Vaccine operations Central Provinces 1868-1885 - 1868-1885
Year: 1868
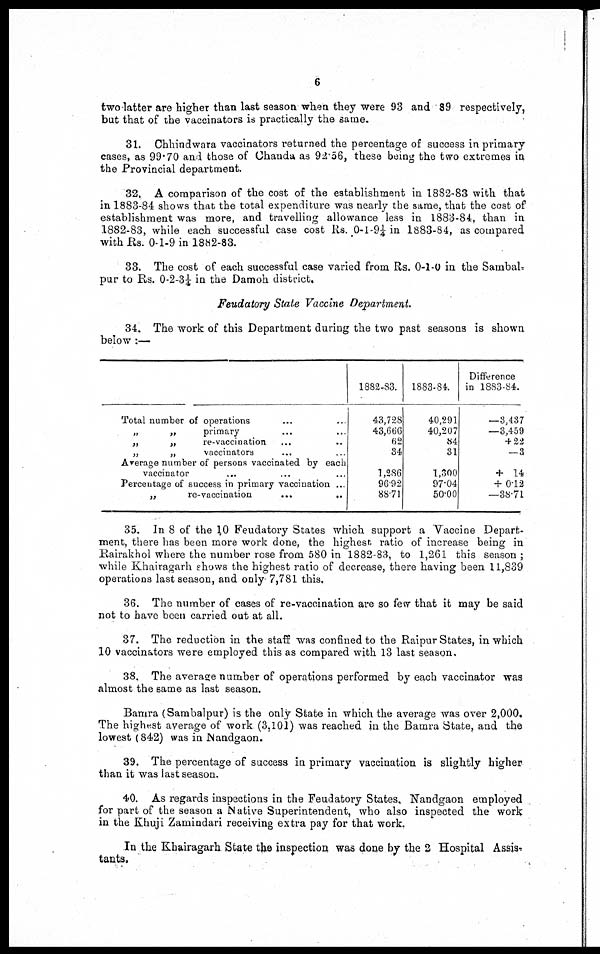
6
two latter are higher than last season when they were 93 and 89 respectively,
but that of the vaccinators is practically the same.
31. Chhindwara vaccinators returned the percentage of success in primary
cases, as 99.70 and those of Chanda as 92.56, these being the two extremes in
the Provincial department.
32. A comparison of the cost of the establishment in 1882-83 with that
in 1883-84 shows that the total expenditure was nearly the same, that the cost of
establishment was more, and travelling allowance less in 1883-84, than in
1882-83, while each successful case cost Rs. 0-1-9¼ in 1883-84, as compared
with Rs. 0-1-9 in 1882-83.
33. The cost of each successful case varied from Rs. 0-1-0 in the Sambal
pur to Rs. 0-2-3¼ in the Damoh district.
Feudatory State Vaccine Department.
34. The work of this Department during the two past seasons is shown
below :—
Total number of operations ...
„
„
primary ...
„
„
re-vaccination ...
„
„
vaccinators ...
Average number of persons vaccinated by each
vaccinator
...
...
Percentage of success in primary vaccination ...
„
re-vaccination
...
...
1882-83.
43,728
43,666
62
34
1,286
96.92
88.71
1883-84..
40,291
40,207
84
31
1,300
97.04
50.00
Difference
in 1883-84.
—3,437
—3,459
+ 22
—3
+ 14
+ 0.12
—38.71
35. In 8 of the 10 Feudatory States which support a Vaccine Depart-
ment, there has been more work done, the highest ratio of increase being in
Rairakhol where the number rose from 580 in 1882-83, to 1,261 this season ;
while Khairagarh shows the highest ratio of decrease, there having been 11,839
operations last season, and only 7,781 this.
36. The number of cases of re-vaccination are so few that it may be said
not to have been carried out at all.
37. The reduction in the staff was confined to the Raipur States, in which
10 vaccinators were employed this as compared with 13 last season.
38. The average number of operations performed by each vaccinator was
almost the same as last season.
Bamra (Sambalpur) is the only State in which the average was over 2,000.
The highest average of work (3,101) was reached in the Bamra State, and the
lowest (842) was in Nandgaon.
39. The percentage of success in primary vaccination is slightly higher
than it was last season.
40. As regards inspections in the Feudatory States, Nandgaon employed
for part of the season a Native Superintendent, who also inspected the work
in the Khuji Zamindari receiving extra pay for that work.
In the Khairagarh State the inspection was done by the 2 Hospital Assis-
tants.